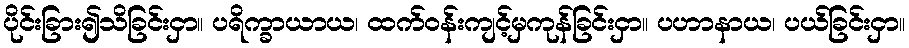
ပိုင်းခြား၍သိခြင်းငှာ။ ပရိက္ခာယာယ၊ ထက်ဝန်းကျင့်မှကုန်ခြင်းငှာ။ ပဟာနာယ၊ ပယ်ခြင်းငှာ။